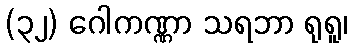
(၃၂) ဂေါကဏ္ဏာ သရဘာ ရုရူ၊